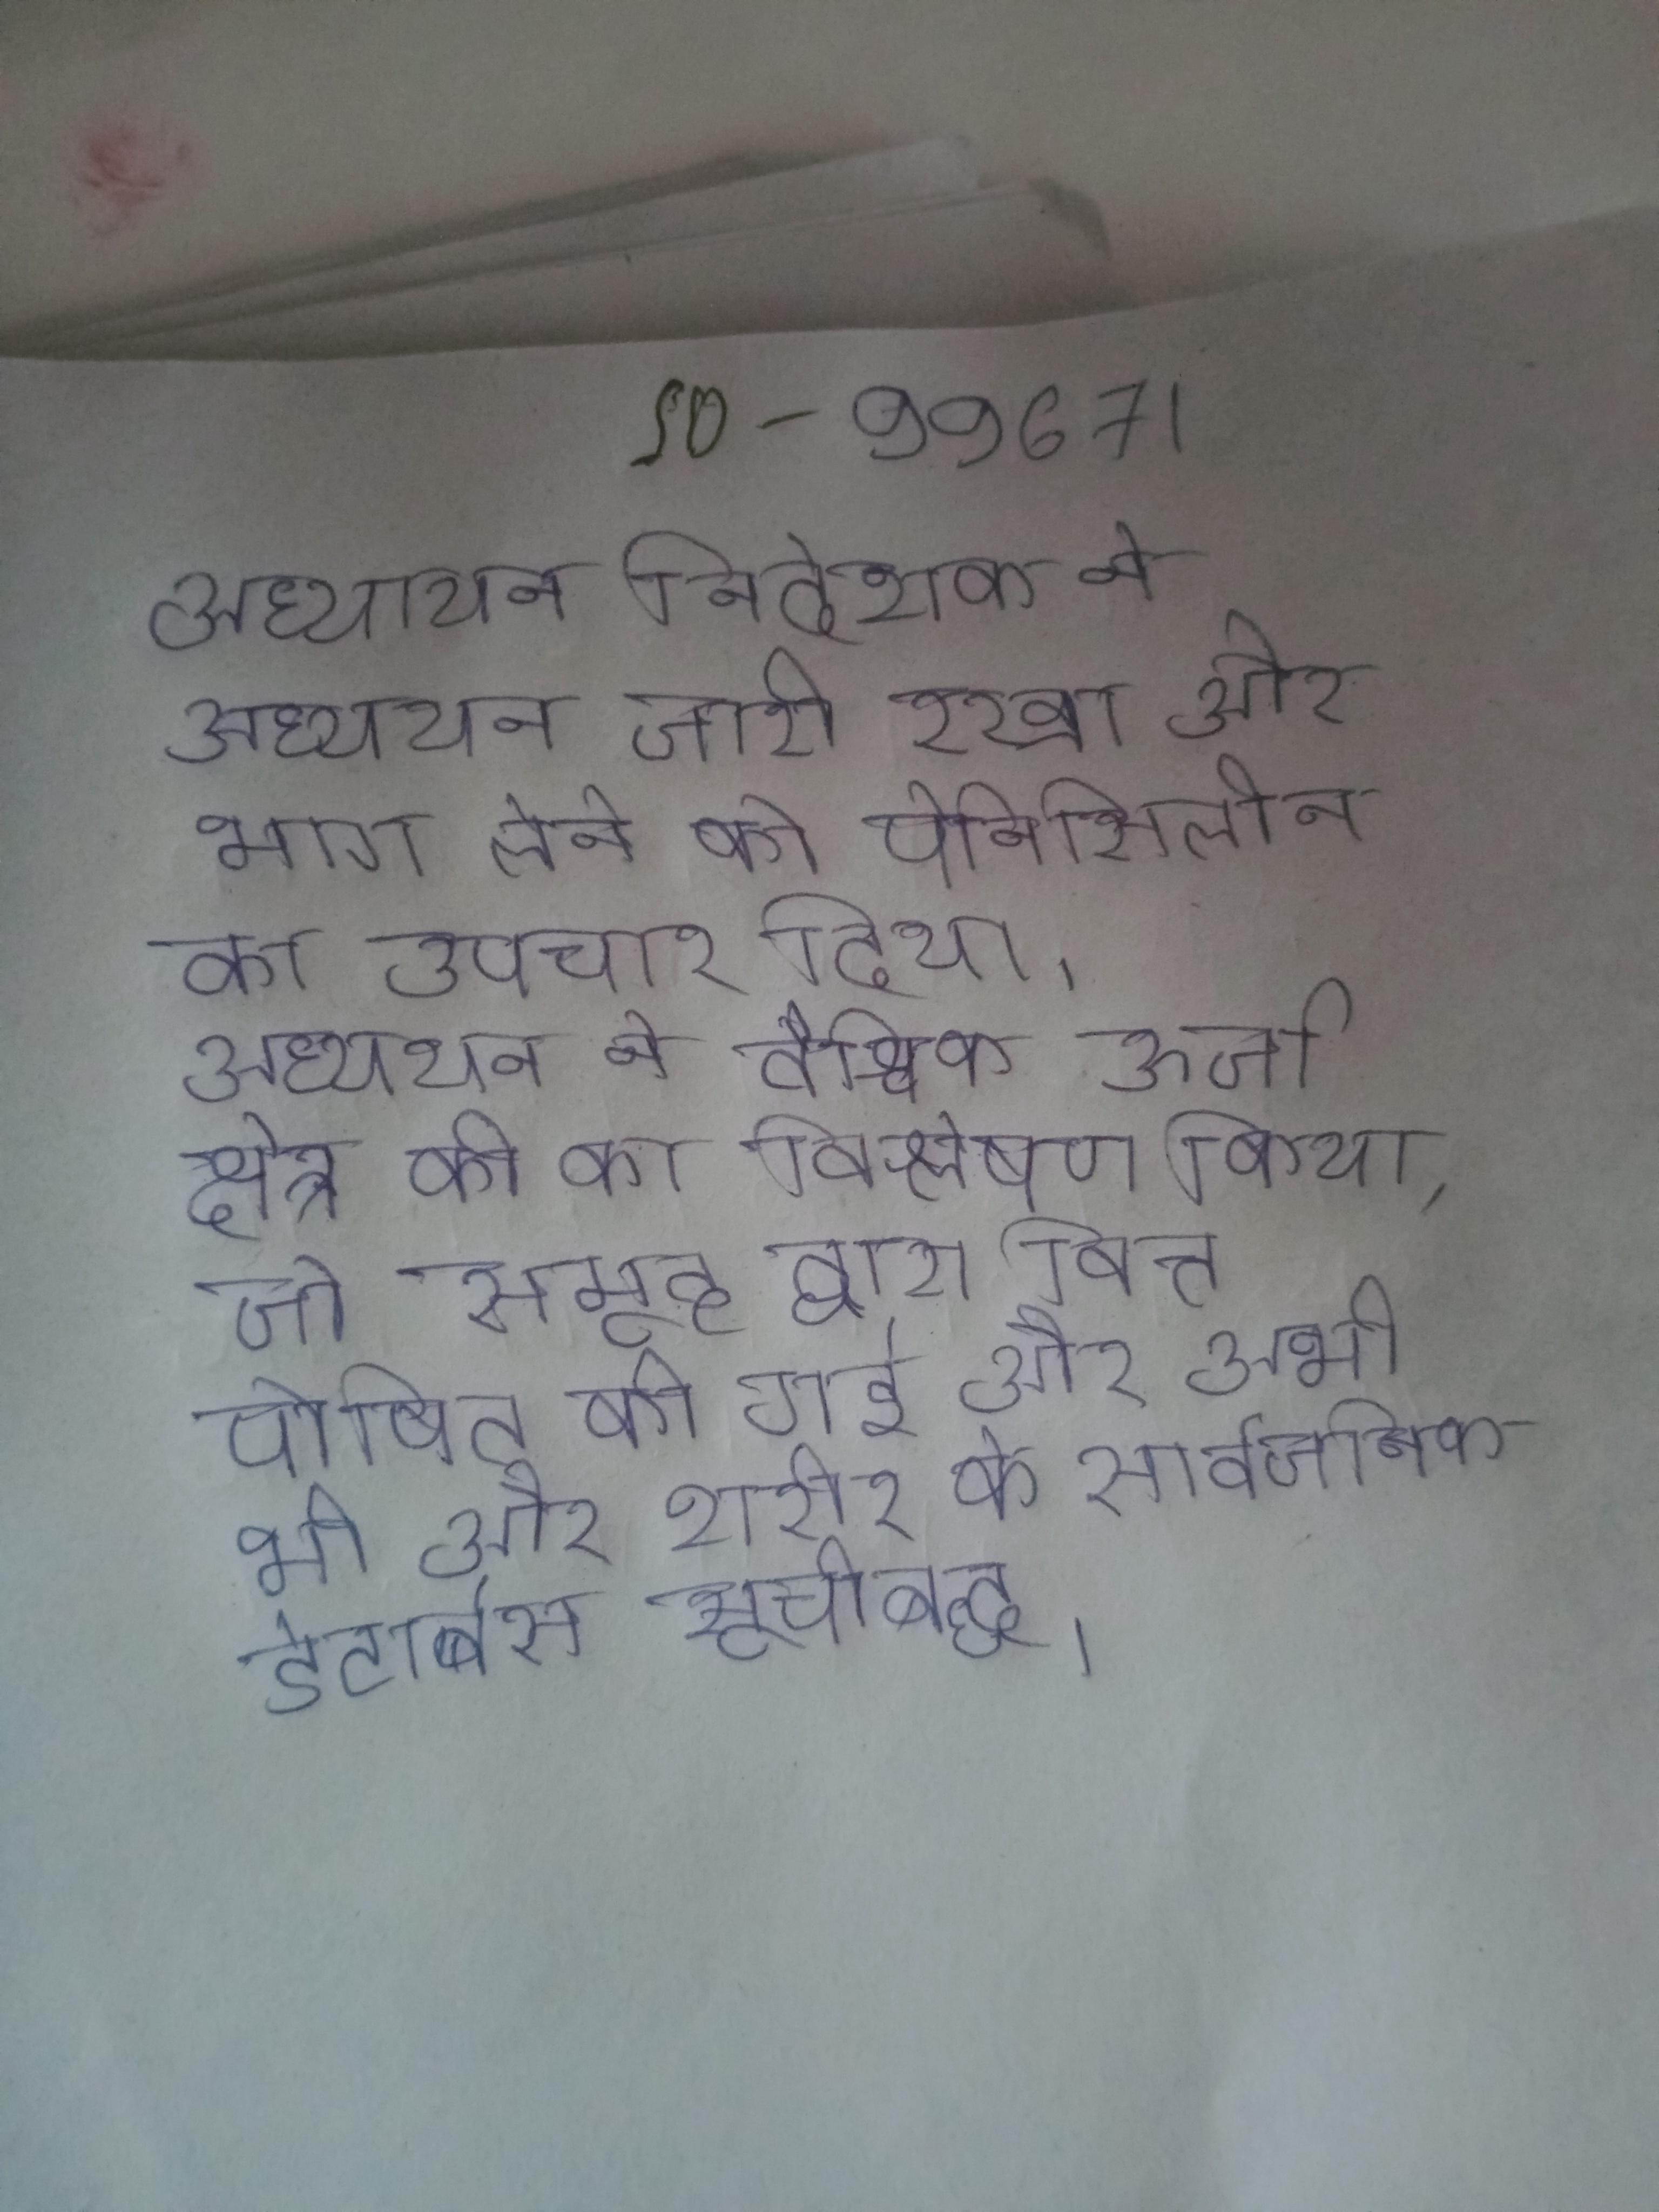
अध्ययन निदेशक ने अध्ययन जारी रखा और भाग लेने को पेनिसिलीन का उपचार दिया । अध्ययन ने वैश्विक ऊर्जा क्षेत्र की का विश्लेषण किया, जो समूह द्वारा वित्त पोषित की गई और अभी भी और शरीर के सार्वजनिक डेटाबेस सूचीबद्ध ।